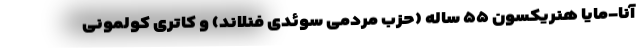
آنا-مایا هنریکسون ۵۵ ساله (حزب مردمی سوئدی فنلاند) و کاتری کولمونی